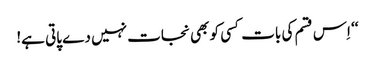
‘‘ اِس قسم کی بات کسی کو بھی نجات نہیں دے پاتی ہے!